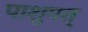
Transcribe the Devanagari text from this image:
पाशुपत्